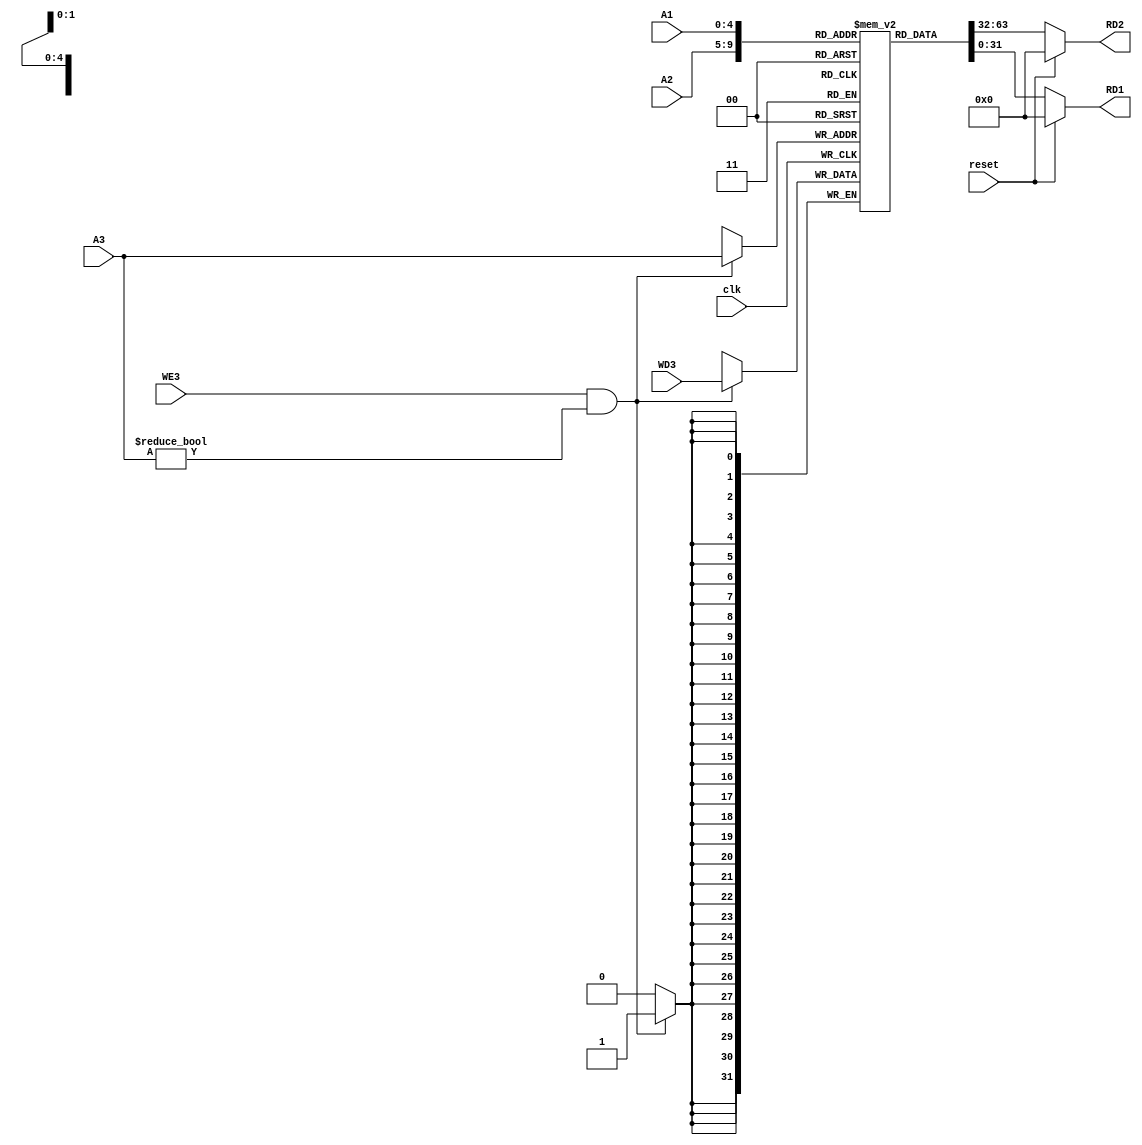
module register_file(A1,A2,A3,clk,reset,RD1,RD2,WD3,WE3);

    input[4:0] A1,A2,A3;
    input clk,reset,WE3;
    input[31:0] WD3;
    output [31:0]RD1,RD2;
    reg[31:0] register[31:0];

    assign RD1 = (reset == 1'b1) ? 32'd0 : register[A1];
    assign RD2 = (reset == 1'b1) ? 32'd0 : register[A2];

    always@ (negedge clk) begin
        if((WE3 == 1'b1) & (A3 != 5'h00)) begin
            register[A3] <= WD3;
        end
    end


endmodule